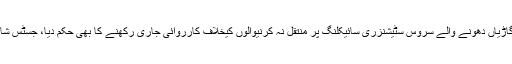
تفصیلات کے مطابق عدالت نے گاڑیاں دھونے والے سروس سٹیشنزری سائیکلنگ پر منتقل نہ کرنیوالوں کیخلاف کارروائی جاری رکھنے کا بھی حکم دیا، جسٹس شاہد کریم نے کیس کی سماعت کی۔